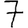
Digit: 7